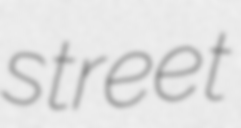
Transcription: street